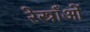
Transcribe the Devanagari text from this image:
रेस्त्राँओं